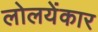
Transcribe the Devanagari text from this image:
लोलयेंकार